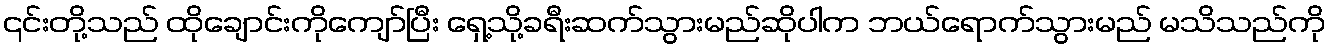
၎င်းတို့သည် ထိုချောင်းကိုကျော်ပြီး ရှေ့သို့ခရီးဆက်သွားမည်ဆိုပါက ဘယ်ရောက်သွားမည် မသိသည်ကို